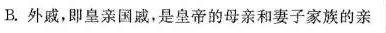
B.外戚，即皇亲国戚，是皇帝的母亲和妻子家族的亲